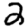
Digit: 2